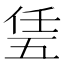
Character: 𠄶